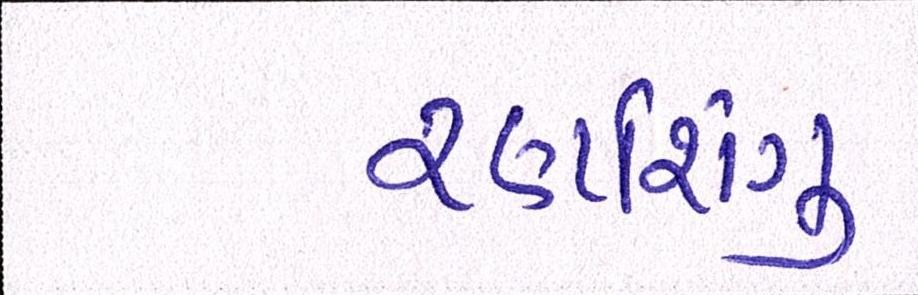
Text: રણશિંગુ